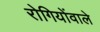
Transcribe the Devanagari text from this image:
रोगियोंवाले